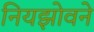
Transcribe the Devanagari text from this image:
नियझोवने